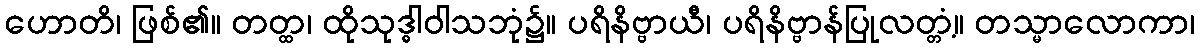
ဟောတိ၊ ဖြစ်၏။ တတ္ထ၊ ထိုသုဒ္ဓါဝါသဘုံ၌။ ပရိနိဗ္ဗာယီ၊ ပရိနိဗ္ဗာန်ပြုလတ္တံ့။ တသ္မာလောကာ၊